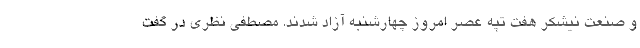
و صنعت نیشکر هفت تپه عصر امروز چهارشنبه آزاد شدند. مصطفی نظری در گفت